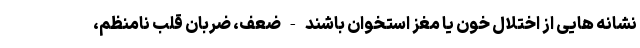
نشانه هایی از اختلال خون یا مغز استخوان باشند - ضعف، ضربان قلب نامنظم،